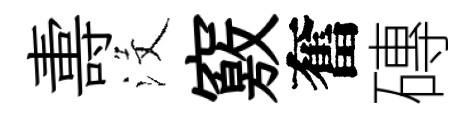
夀沒竅奮磚